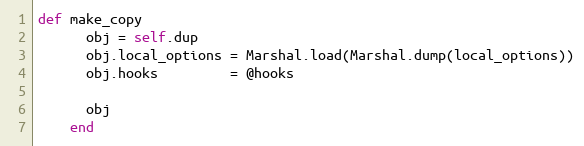
Language: Ruby
def make_copy
      obj = self.dup
      obj.local_options = Marshal.load(Marshal.dump(local_options))
      obj.hooks         = @hooks

      obj
    end